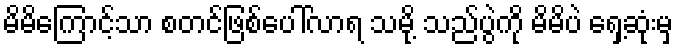
မိမိကြောင့်သာ စတင်ဖြစ်ပေါ်လာရ သမို့ သည်ပွဲကို မိမိပဲ ရှေ့ဆုံးမှ